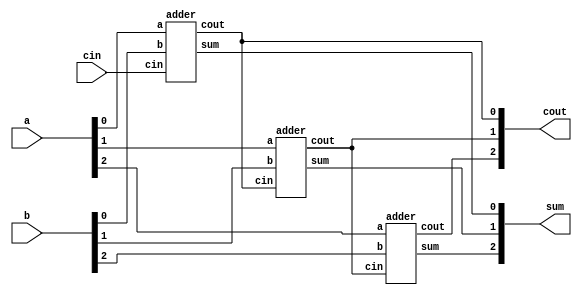
module adder3(

    input [2:0] a,
    input [2:0] b,
    input       cin,
    output [2:0] cout,
    output [2:0] sum

);

    

    adder u0(.a(a[0]), .b(b[0]), .cin(cin),     .sum(sum[0]), .cout(cout[0]));
    adder u1(.a(a[1]), .b(b[1]), .cin(cout[0]), .sum(sum[1]), .cout(cout[1]));
    adder u2(.a(a[2]), .b(b[2]), .cin(cout[1]), .sum(sum[2]), .cout(cout[2]));

    
    
endmodule

module adder(
    input a,
    input b,
    input cin,
    output cout,
    output sum

);

    assign {cout, sum} = a + b + cin;

endmodule

module tb;

    reg [2:0] a;
    reg [2:0] b;
    reg      cin;
    wire [2:0] cout;
    wire [2:0] sum;

    adder3 u0(.a(a), .b(b), .cin(cin), .cout(cout), .sum(sum));

    integer i;

    initial begin
        $display("a\tb\tcin\tcout\tsum");
        $monitor("%b\t%b\t%b\t%b\t%b", a, b, cin, cout, sum);

    end

    initial begin

        a   = 0;
        b   = 0;
        cin = 0;
      
        for (i = 0; i <16; i = i + 1) begin 
            #10
            a = $random;
            b = $random;
            cin = $random;
        end
    end 

    initial begin
        $dumpfile("adder3.vcd");
        $dumpvars;
    end
endmodule